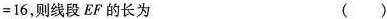
=16，则线段EF的长为 ( )